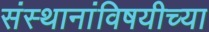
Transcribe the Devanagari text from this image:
संस्थानांविषयीच्या